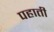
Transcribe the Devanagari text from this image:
पहाती